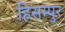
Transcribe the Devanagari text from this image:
हिसम्पुर